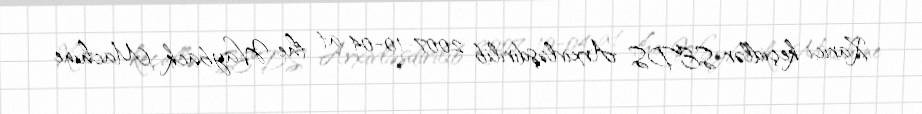
Xarici keçidlər SEDS Arxivləşdirilib 2007-10-04 at the Wayback Machine